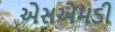
એસએમડી